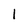
Character: 1